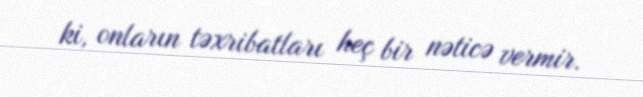
ki, onların təxribatları heç bir nəticə vermir.